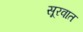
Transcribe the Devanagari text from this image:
सूरवात